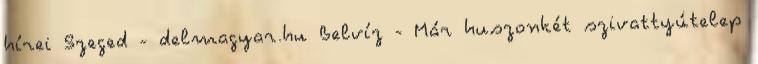
hírei Szeged - delmagyar.hu Belvíz - Már huszonkét szivattyútelep